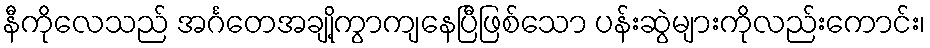
နီကိုလေသည် အင်္ဂတေအချို့ကွာကျနေပြီဖြစ်သော ပန်းဆွဲများကိုလည်းကောင်း၊